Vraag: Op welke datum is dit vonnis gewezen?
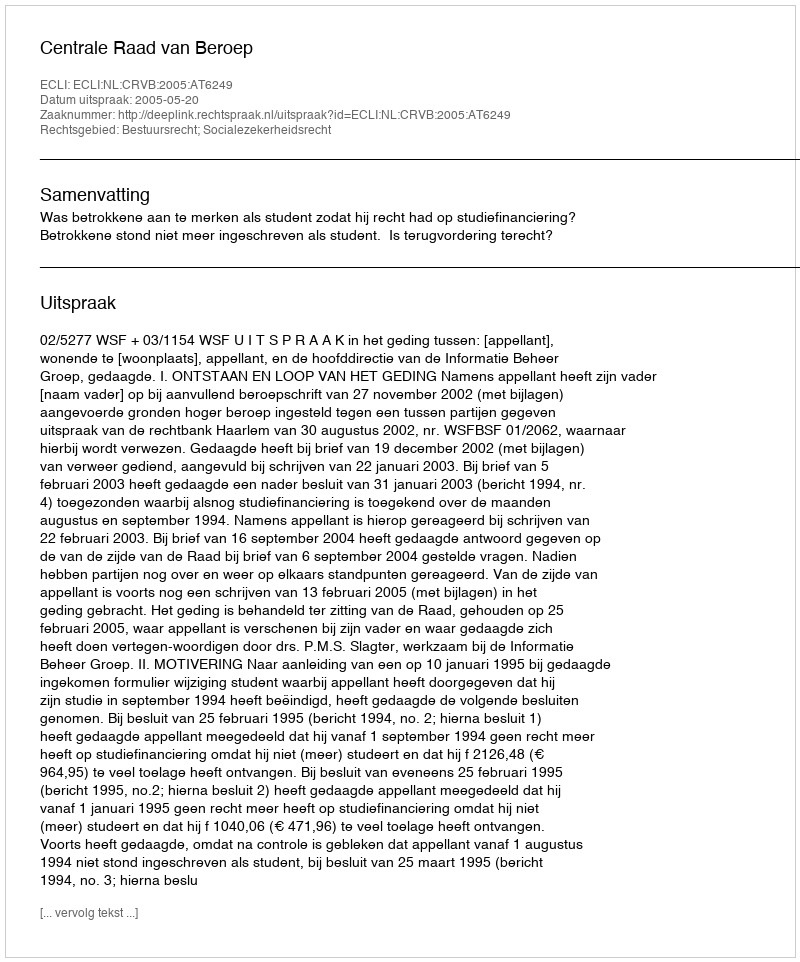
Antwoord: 2005-05-20